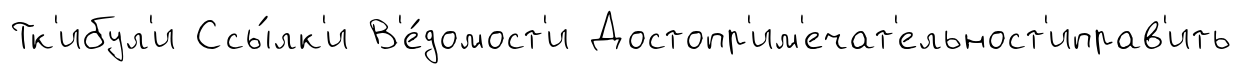
Тк'ибул'и Ссы́лк'и В'е́домост'и Достопр'им'ечат'ельност'иправ'ить